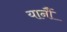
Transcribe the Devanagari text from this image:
यानौं